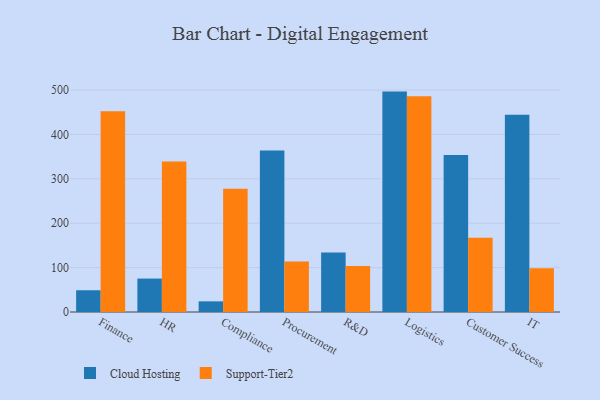
{"axis": {"x": "Department", "y": "Customer Acquisition Cost (USD)"}, "legend": ["Cloud Hosting", "Support-Tier2"], "data": [{"x": "Finance", "y": 49.0, "type": "Cloud Hosting"}, {"x": "Finance", "y": 452.5, "type": "Support-Tier2"}, {"x": "HR", "y": 75.3, "type": "Cloud Hosting"}, {"x": "HR", "y": 339.3, "type": "Support-Tier2"}, {"x": "Compliance", "y": 24.0, "type": "Cloud Hosting"}, {"x": "Compliance", "y": 277.6, "type": "Support-Tier2"}, {"x": "Procurement", "y": 363.8, "type": "Cloud Hosting"}, {"x": "Procurement", "y": 113.8, "type": "Support-Tier2"}, {"x": "R&D", "y": 134.3, "type": "Cloud Hosting"}, {"x": "R&D", "y": 103.9, "type": "Support-Tier2"}, {"x": "Logistics", "y": 496.5, "type": "Cloud Hosting"}, {"x": "Logistics", "y": 486.0, "type": "Support-Tier2"}, {"x": "Customer Success", "y": 353.7, "type": "Cloud Hosting"}, {"x": "Customer Success", "y": 167.3, "type": "Support-Tier2"}, {"x": "IT", "y": 444.3, "type": "Cloud Hosting"}, {"x": "IT", "y": 98.8, "type": "Support-Tier2"}]}